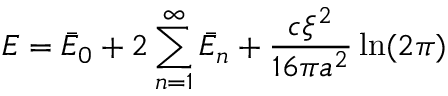
E = \bar { E } _ { 0 } + 2 \sum _ { n = 1 } ^ { \infty } \bar { E } _ { n } + \frac { c \xi ^ { 2 } } { 1 6 \pi a ^ { 2 } } \ln ( 2 \pi )